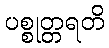
ပစ္စုတ္တရတိ